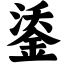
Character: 鋈